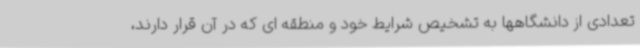
تعدادی از دانشگاهها به تشخیص شرایط خود و منطقه ای که در آن قرار دارند،